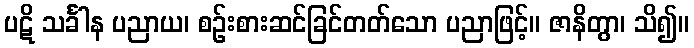
ပဋိ သင်္ခါန ပညာယ၊ စဉ်းစားဆင်ခြင်တတ်သော ပညာဖြင့်။ ဇာနိတွာ၊ သိ၍။